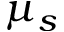
\mu _ { s }